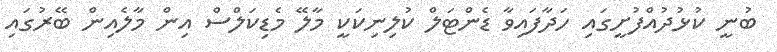
ބުނީ ކުޅުދުއްފުށީގައި ހަދާފައިވާ ޑެންޓަލް ކުލިނިކަކީ މާލޭ މެޑިކަލްސް އިން މާލެއިން ބޭރުގައި